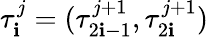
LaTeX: \tau_{\mathbf{i}}^{j}=(\tau_{2\mathbf{i}-1}^{j+1},\tau_{2\mathbf{i}}^{j+1})